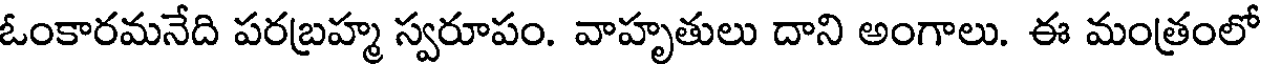
ఓంకారమనేది పరబ్రహ్మ స్వరూపం. వాహృతులు దాని అంగాలు. ఈ మంత్రంలో